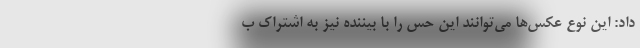
داد: این نوع عکس‌ها می‌توانند این حس را با بیننده نیز به اشتراک ب